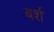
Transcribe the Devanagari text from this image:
बर्श